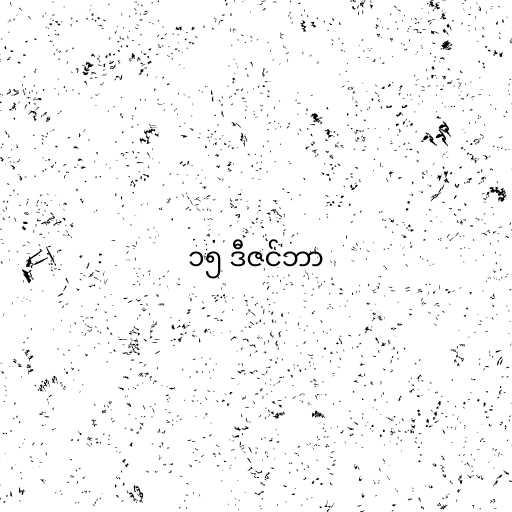
၁၅ ဒီဇင်ဘာ